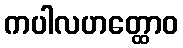
ကပါလဟတ္ထောဝ